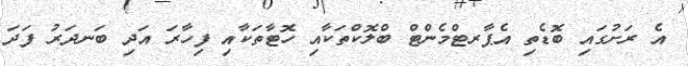
އެ ރަށުގައި ބޮޑެތި އެޕާރޓްމެންޓް ބްލޮކްތަކާއި ހޮޓާތަކާއި ފިހާރަ އަދި ބަނދަރު ފަދަ